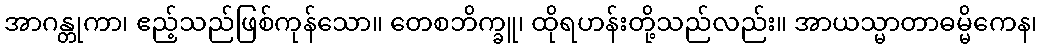
အာဂန္တုကာ၊ ဧည့်သည်ဖြစ်ကုန်သော။ တေစဘိက္ခူ၊ ထိုရဟန်းတို့သည်လည်း။ အာယသ္မာတာဓမ္မိကေန၊